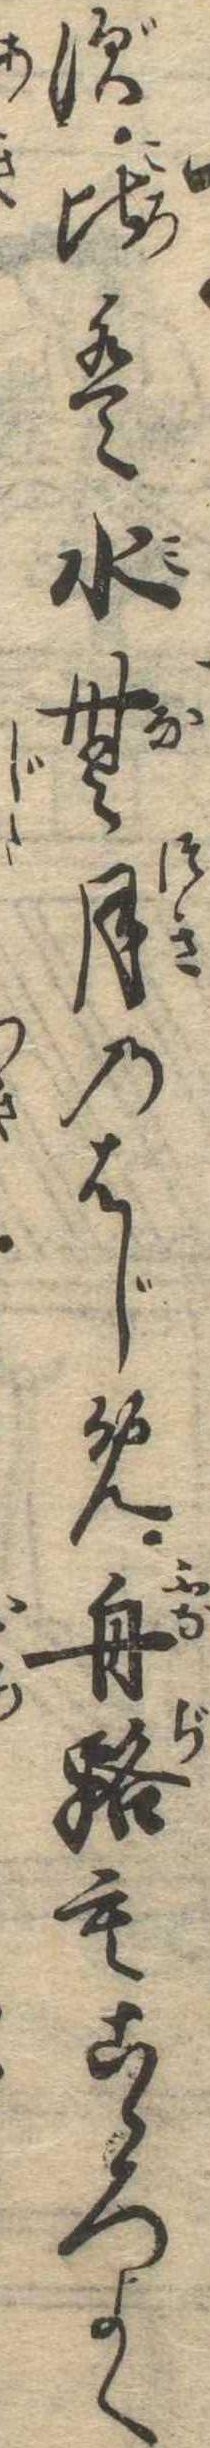
ず比は水無月のはじめ舟路もこゝろよく